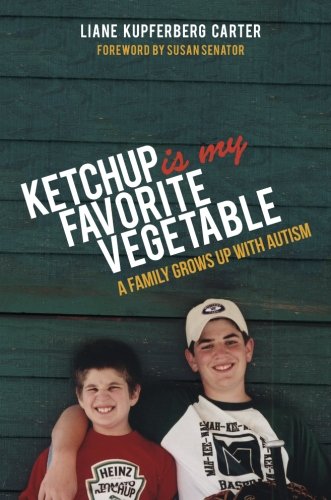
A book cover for Ketchup is My Favorite Vegetable: A Family Grows Up With Autism; Liane Kupferberg Carter; Parenting & Relationships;